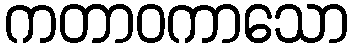
ကတာဝကာသော